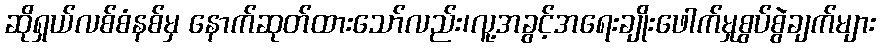
ဆိုရှယ်လစ်စံနစ်မှ နောက်ဆုတ်ထားသော်လည်း၊လူ့အခွင့်အရေးချိုးဖေါက်မှုစွပ်စွဲချက်များ